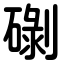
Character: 䃗